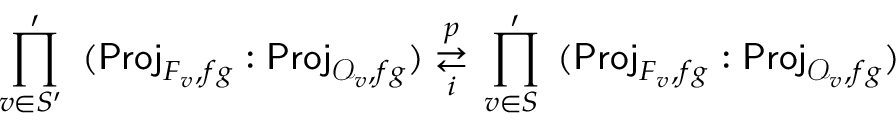
\left. \underset { v \in S ^ { \prime } \; } { \prod ^ { \prime } } \right. ( \mathsf { P r o j } _ { F _ { v } , f g } : \mathsf { P r o j } _ { \mathcal { O } _ { v } , f g } ) \underset { i } { \overset { p } { \rightleftarrows } } \left. \underset { v \in S \; } { \prod ^ { \prime } } \right. ( \mathsf { P r o j } _ { F _ { v } , f g } : \mathsf { P r o j } _ { \mathcal { O } _ { v } , f g } )